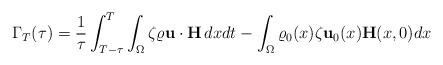
LaTeX: \begin{align*}\Gamma_T(\tau)=\frac{1}{\tau}\int_{T-\tau}^T\int_\Omega\zeta\varrho\mathbf u\cdot\mathbf H\,dxdt -\int_\Omega\varrho_0(x)\zeta\mathbf{u}_0(x)\mathbf H(x,0)dx\end{align*}